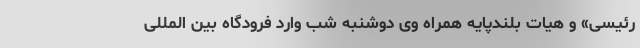
رئیسی» و هیات بلندپایه همراه وی دوشنبه شب وارد فرودگاه بین المللی